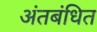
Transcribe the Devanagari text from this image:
अंतबंधित